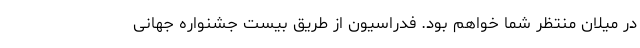
در میلان منتظر شما خواهم بود. فدراسیون از طریق بیست جشنواره جهانی